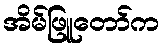
အိမ်ဖြူတော်က